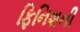
ફિનિશની